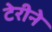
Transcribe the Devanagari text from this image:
टेरीने